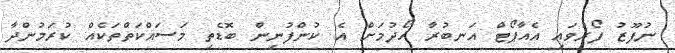
ނުފޫޒު ފޯރުވައި އެއާޕޯޓް އަނބުރާ ހޯދުމަށް އެ ކުންފުނިން ބޮޑެތި މަސައްކަތްތަކެއް ކުރަމުންދާ